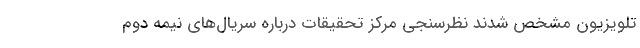
تلویزیون مشخص شدند نظرسنجی مرکز تحقیقات درباره سریال‌های نیمه دوم